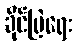
ခိုင်မြဲရေး